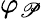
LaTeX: \varphi_{\mathscr{P}}